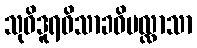
သုဝိဒူရဝိသာခဝိပလ္လာသာ